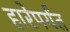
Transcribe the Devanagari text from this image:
हारेपर्यंत